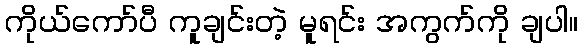
ကိုယ်ကော်ပီ ကူချင်းတဲ့ မူရင်း အကွက်ကို ချပါ။